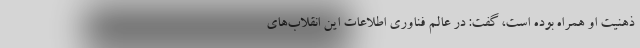
ذهنیت او همراه بوده است، گفت: در عالم فناوری اطلاعات این انقلاب‌های